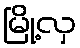
မြို့လှ